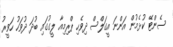
ސެންޓޭ ކުޅެމުން އަންނަ އީގަލްސް ދިވެހި ޕްރިމިއާ ލީގުގައި ބުދަ ދުވަހު ހަވީރު